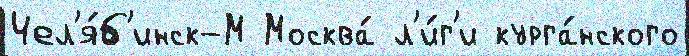
Чел'я́б'инск-М Москва́ л'и́г'и курга́нского